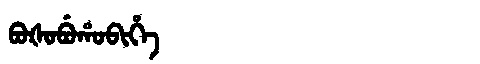
Manchu: ᠪᠣᡧᠣᠪᡠᡥᠣᠪᡳᡥᡝ
Romanization: BOŠOBUHOBIHE